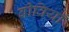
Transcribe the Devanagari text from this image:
बीवियाँ